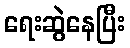
ရေးဆွဲနေပြီး